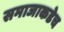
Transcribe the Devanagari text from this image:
समाजाकडेच